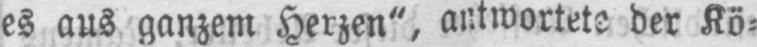
es aus ganzem Herzen“, antwortete der Kö⸗